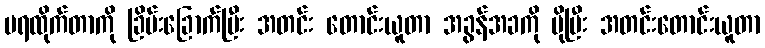
မရထိုက်တာကို ခြိမ်းခြောက်ပြီး အတင်း တောင်းယူတာ အခွန်အခကို ပိုပြီး အတင်းတောင်းယူတာ